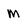
Character: M